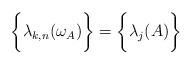
\begin{align*}\bigg\{ \lambda_{k,n}(\omega_A) \bigg\} = \bigg\{ \lambda_j(A) \bigg\}\end{align*}